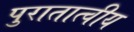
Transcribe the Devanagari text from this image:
पुरातात्वीय